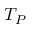
T _ { P }